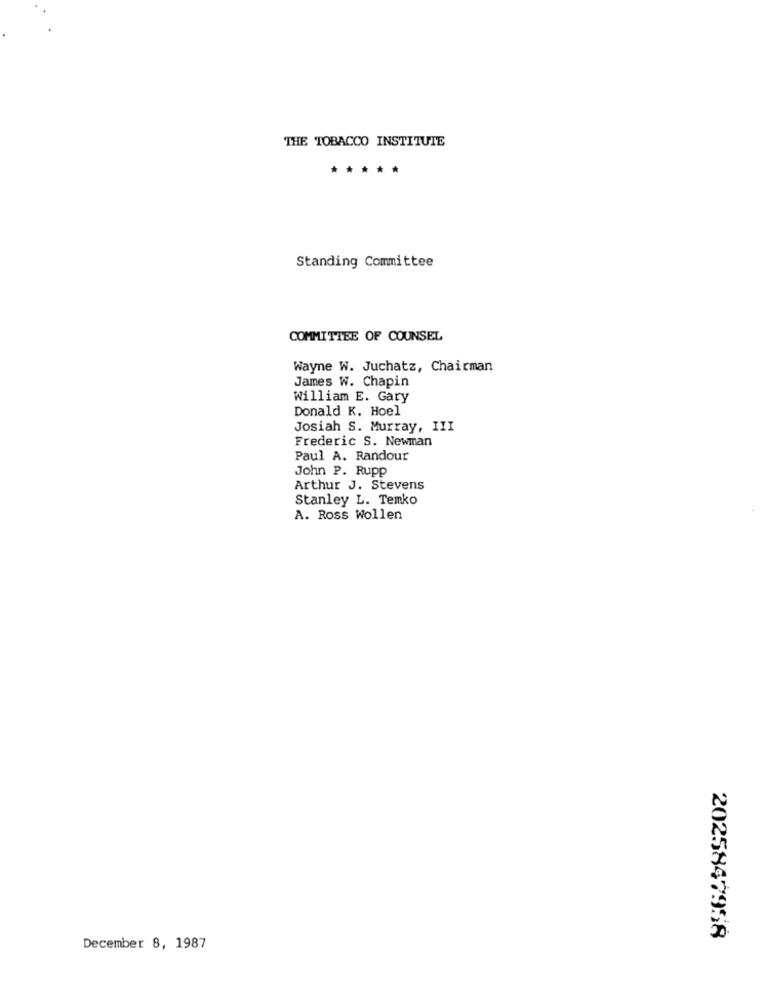
THE TOBACCO INSTITUTE
*****
Standing Committee
COMMITTEE OF COUNSEL
Wayne W. Juchatz, Chairman
James W. Chapin
William E. Gary
Donald K. Hoel
Josiah S. Murray, III
Frederic S. Newman
Paul A. Randour
John P. Rupp
Arthur J. Stevens
Stanley L. Temko
A. Ross Wollen
2025847958
December 8, 1987